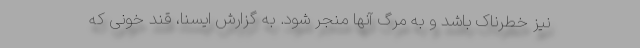
نیز خطرناک باشد و به مرگ آنها منجر شود. به گزارش ایسنا، قند خونی که